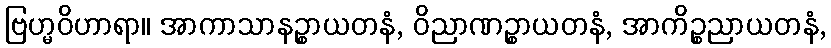
ဗြဟ္မဝိဟာရာ။ အာကာသာနဉ္စာယတနံ, ဝိညာဏဉ္စာယတနံ, အာကိဉ္စညာယတနံ,